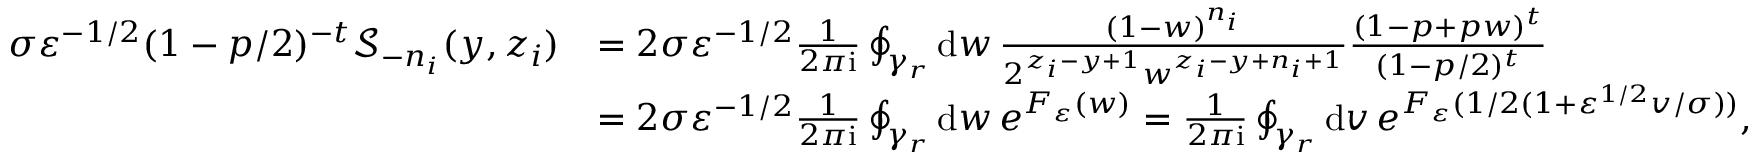
\begin{array} { r l } { \sigma \varepsilon ^ { - 1 / 2 } ( 1 - p / 2 ) ^ { - t } \mathcal { S } _ { - n _ { i } } ( y , z _ { i } ) } & { = 2 \sigma \varepsilon ^ { - 1 / 2 } \frac { 1 } { 2 \pi \mathrm { i } } \oint _ { \gamma _ { r } } \mathrm { d } w \, \frac { ( 1 - w ) ^ { n _ { i } } } { 2 ^ { z _ { i } - y + 1 } w ^ { z _ { i } - y + n _ { i } + 1 } } \frac { ( 1 - p + p w ) ^ { t } } { ( 1 - p / 2 ) ^ { t } } } \\ & { = 2 \sigma \varepsilon ^ { - 1 / 2 } \frac { 1 } { 2 \pi \mathrm { i } } \oint _ { \gamma _ { r } } \mathrm { d } w \, e ^ { F _ { \varepsilon } ( w ) } = \frac { 1 } { 2 \pi \mathrm { i } } \oint _ { \gamma _ { r } } \mathrm { d } v \, e ^ { F _ { \varepsilon } ( 1 / 2 ( 1 + \varepsilon ^ { 1 / 2 } v / \sigma ) ) } , } \end{array}